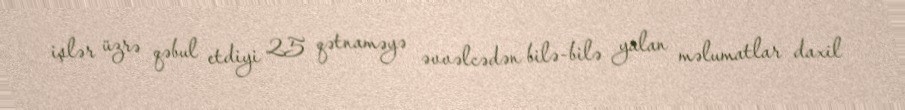
işlər üzrə qəbul etdiyi 25 qətnaməyə əvvəlcədən bilə-bilə yalan məlumatlar daxil